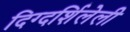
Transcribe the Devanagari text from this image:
दिग्दर्शिलेली